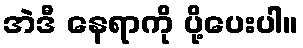
အဲဒီ နေရာကို ပို့ပေးပါ။